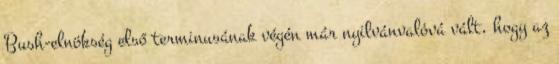
Bush-elnökség első terminusának végén már nyilvánvalóvá vált, hogy az